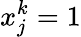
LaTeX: x_{j}^{k}=1